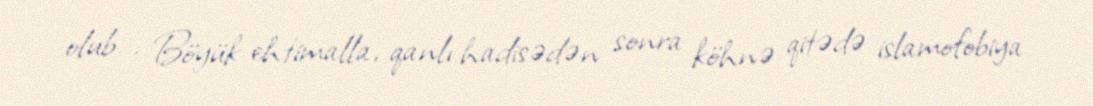
olub... Böyük ehtimalla, qanlı hadisədən sonra köhnə qitədə islamofobiya